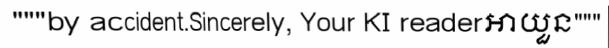
"""by accident.Sincerely, Your KI readerអាយួន"""